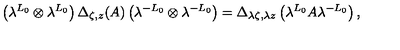
\left( \lambda ^ { L _ { 0 } } \otimes \lambda ^ { L _ { 0 } } \right) \Delta _ { \zeta , z } ( A ) \left( \lambda ^ { - L _ { 0 } } \otimes \lambda ^ { - L _ { 0 } } \right) = \Delta _ { \lambda \zeta , \lambda z } \left( \lambda ^ { L _ { 0 } } A \lambda ^ { - L _ { 0 } } \right) ,